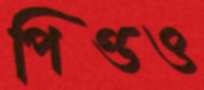
পিণ্ডও